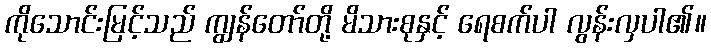
ကိုသောင်းမြင့်သည် ကျွန်တော်တို့ မိသားစုနှင့် ရေစက်ပါ လွန်းလှပါ၏။